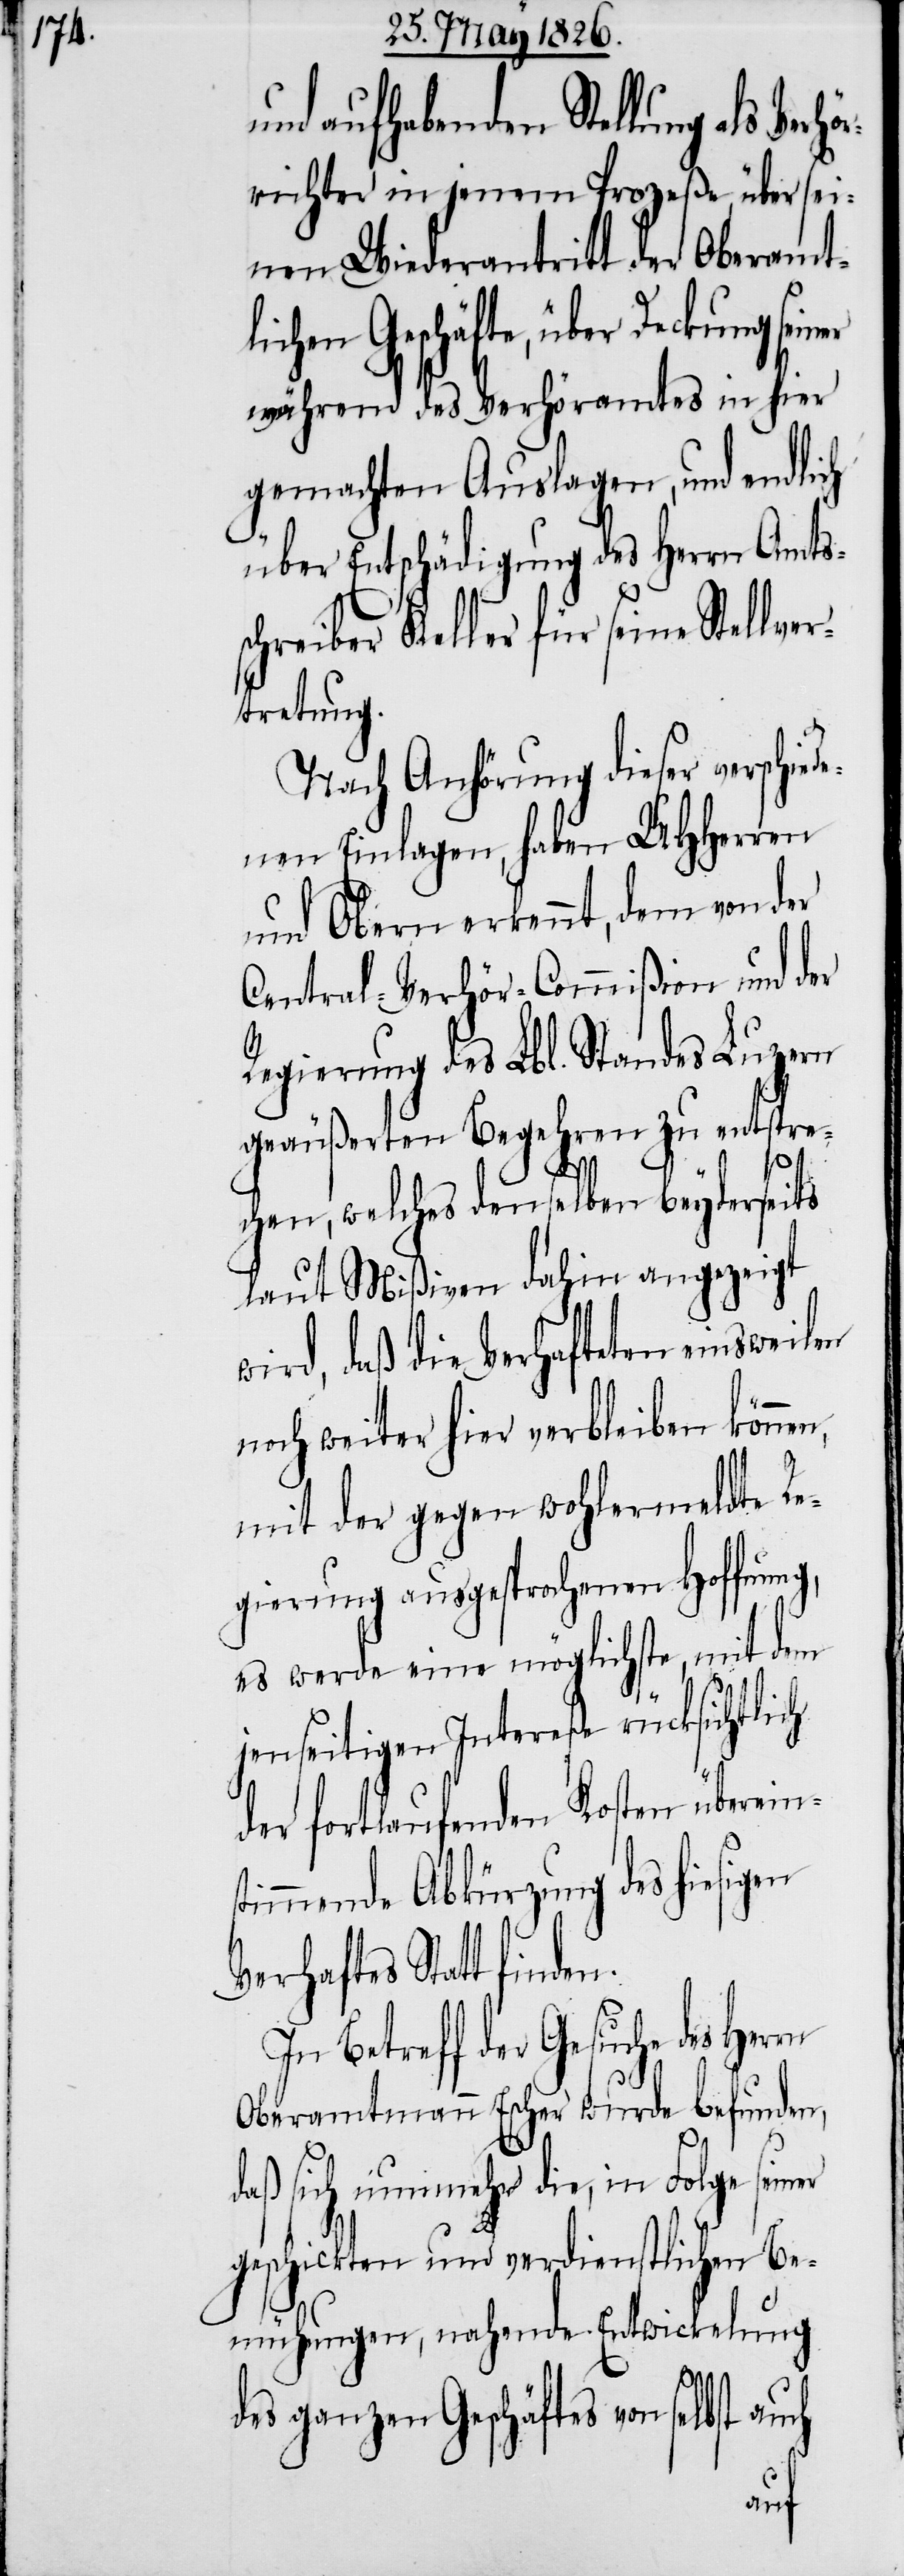
und aufhabenden Stellung als Ver¬
richter in jenem Prozeße, über sei¬
nen Wiederantritt der Oberamtl¬
ichen Geschäfte, über Deckung
während des Verhöramtes in hier
gemachten Auslagen, und endlich
über Entschädigung des Herrn Amts¬
schreiber Keller für seine Stellver¬
tretung.
Nach Anhörung dieser verschie¬
denen Einlagen, haben UHHerren
und Obern erkennt, dem von der
Central-Verhör-Commißion und der
Regierung des Lbl. Standes Luzern
geäußerten Begehren zu entspre¬
chen, welches denselben beyderseits
laut Mißiven dahin angezeigt
wird, daß die Verhafteten einsweilen
noch weiter hier verbleiben können,
mit der gegen wohlermeldte Re¬
gierung ausgesprochenen Hoffnung,
es werde eine möglichste, mit dem
jenseitigen Intereße rücksichtlich
der fortlaufenden Kosten überei¬
timmende Abkürzung des hiesigen
Verhaftes Statt fin¬
In Betreff der Gesuche des
Oberamtmann Escher wurde befunden,
daß sich nunmehr die, in Folge seiner
geschickten und verdienstlichen Be¬
mühungen, nahende Entwickelung
des ganzen Geschäftes von selbst
auch